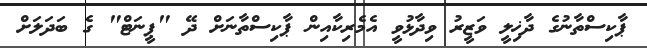
ޕާކިސްތާނުގެ ދާޚިލީ ވަޒީރު ވިދާޅުވީ އެމެރިކާއިން ޕާކިސްތާނަށް ދޭ "ޕީނަޓް" ގެ ބަދަލަށް